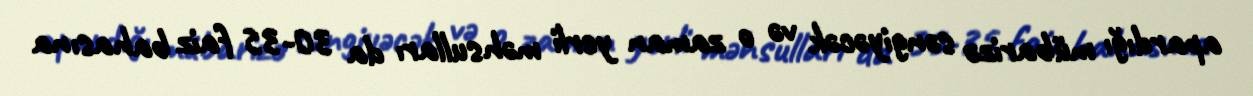
apardığı mübarizə səngiyəcək və o zaman yerli məhsulları da 30-35 faiz bahasına